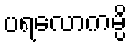
ပရလောကမ္ပိ